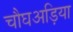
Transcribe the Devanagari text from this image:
चौघअड़िया